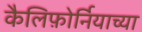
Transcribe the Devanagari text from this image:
कैलिफ़ोर्नियाच्या